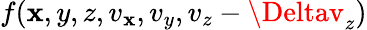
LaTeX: f(\mathbf{x},y,z,v_{\mathbf{x}},v_{y},v_{z}-\Deltav_{z})